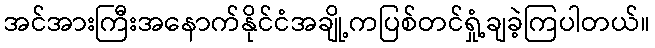
အင်အားကြီးအနောက်နိုင်ငံအချို့ကပြစ်တင်ရှုံ့ချခဲ့ကြပါတယ်။